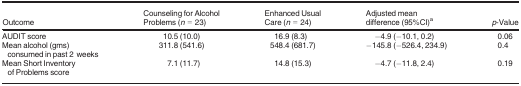
<table><thead><tr><td><b>Outcome</b></td><td><b>Counseling for Alcohol Problems (<i>n</i> = 23)</b></td><td><b>Enhanced Usual Care (<i>n</i> = 24)</b></td><td><b>Adjusted mean difference (95%CI)a</b></td><td><b><i>p</i>‐Value</b></td></tr></thead><tbody><tr><td>AUDIT score</td><td>10.5 (10.0)</td><td>16.9 (8.3)</td><td>−4.9 (−10.1, 0.2)</td><td>0.06</td></tr><tr><td>Mean alcohol (gms) consumed in past 2 weeks</td><td>311.8 (541.6)</td><td>548.4 (681.7)</td><td>−145.8 (−526.4, 234.9)</td><td>0.4</td></tr><tr><td>Mean Short Inventory of Problems score</td><td>7.1 (11.7)</td><td>14.8 (15.3)</td><td>−4.7 (−11.8, 2.4)</td><td>0.19</td></tr></tbody></table>